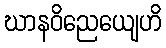
ဃာနဝိညေယျေဟိ